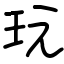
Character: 玩